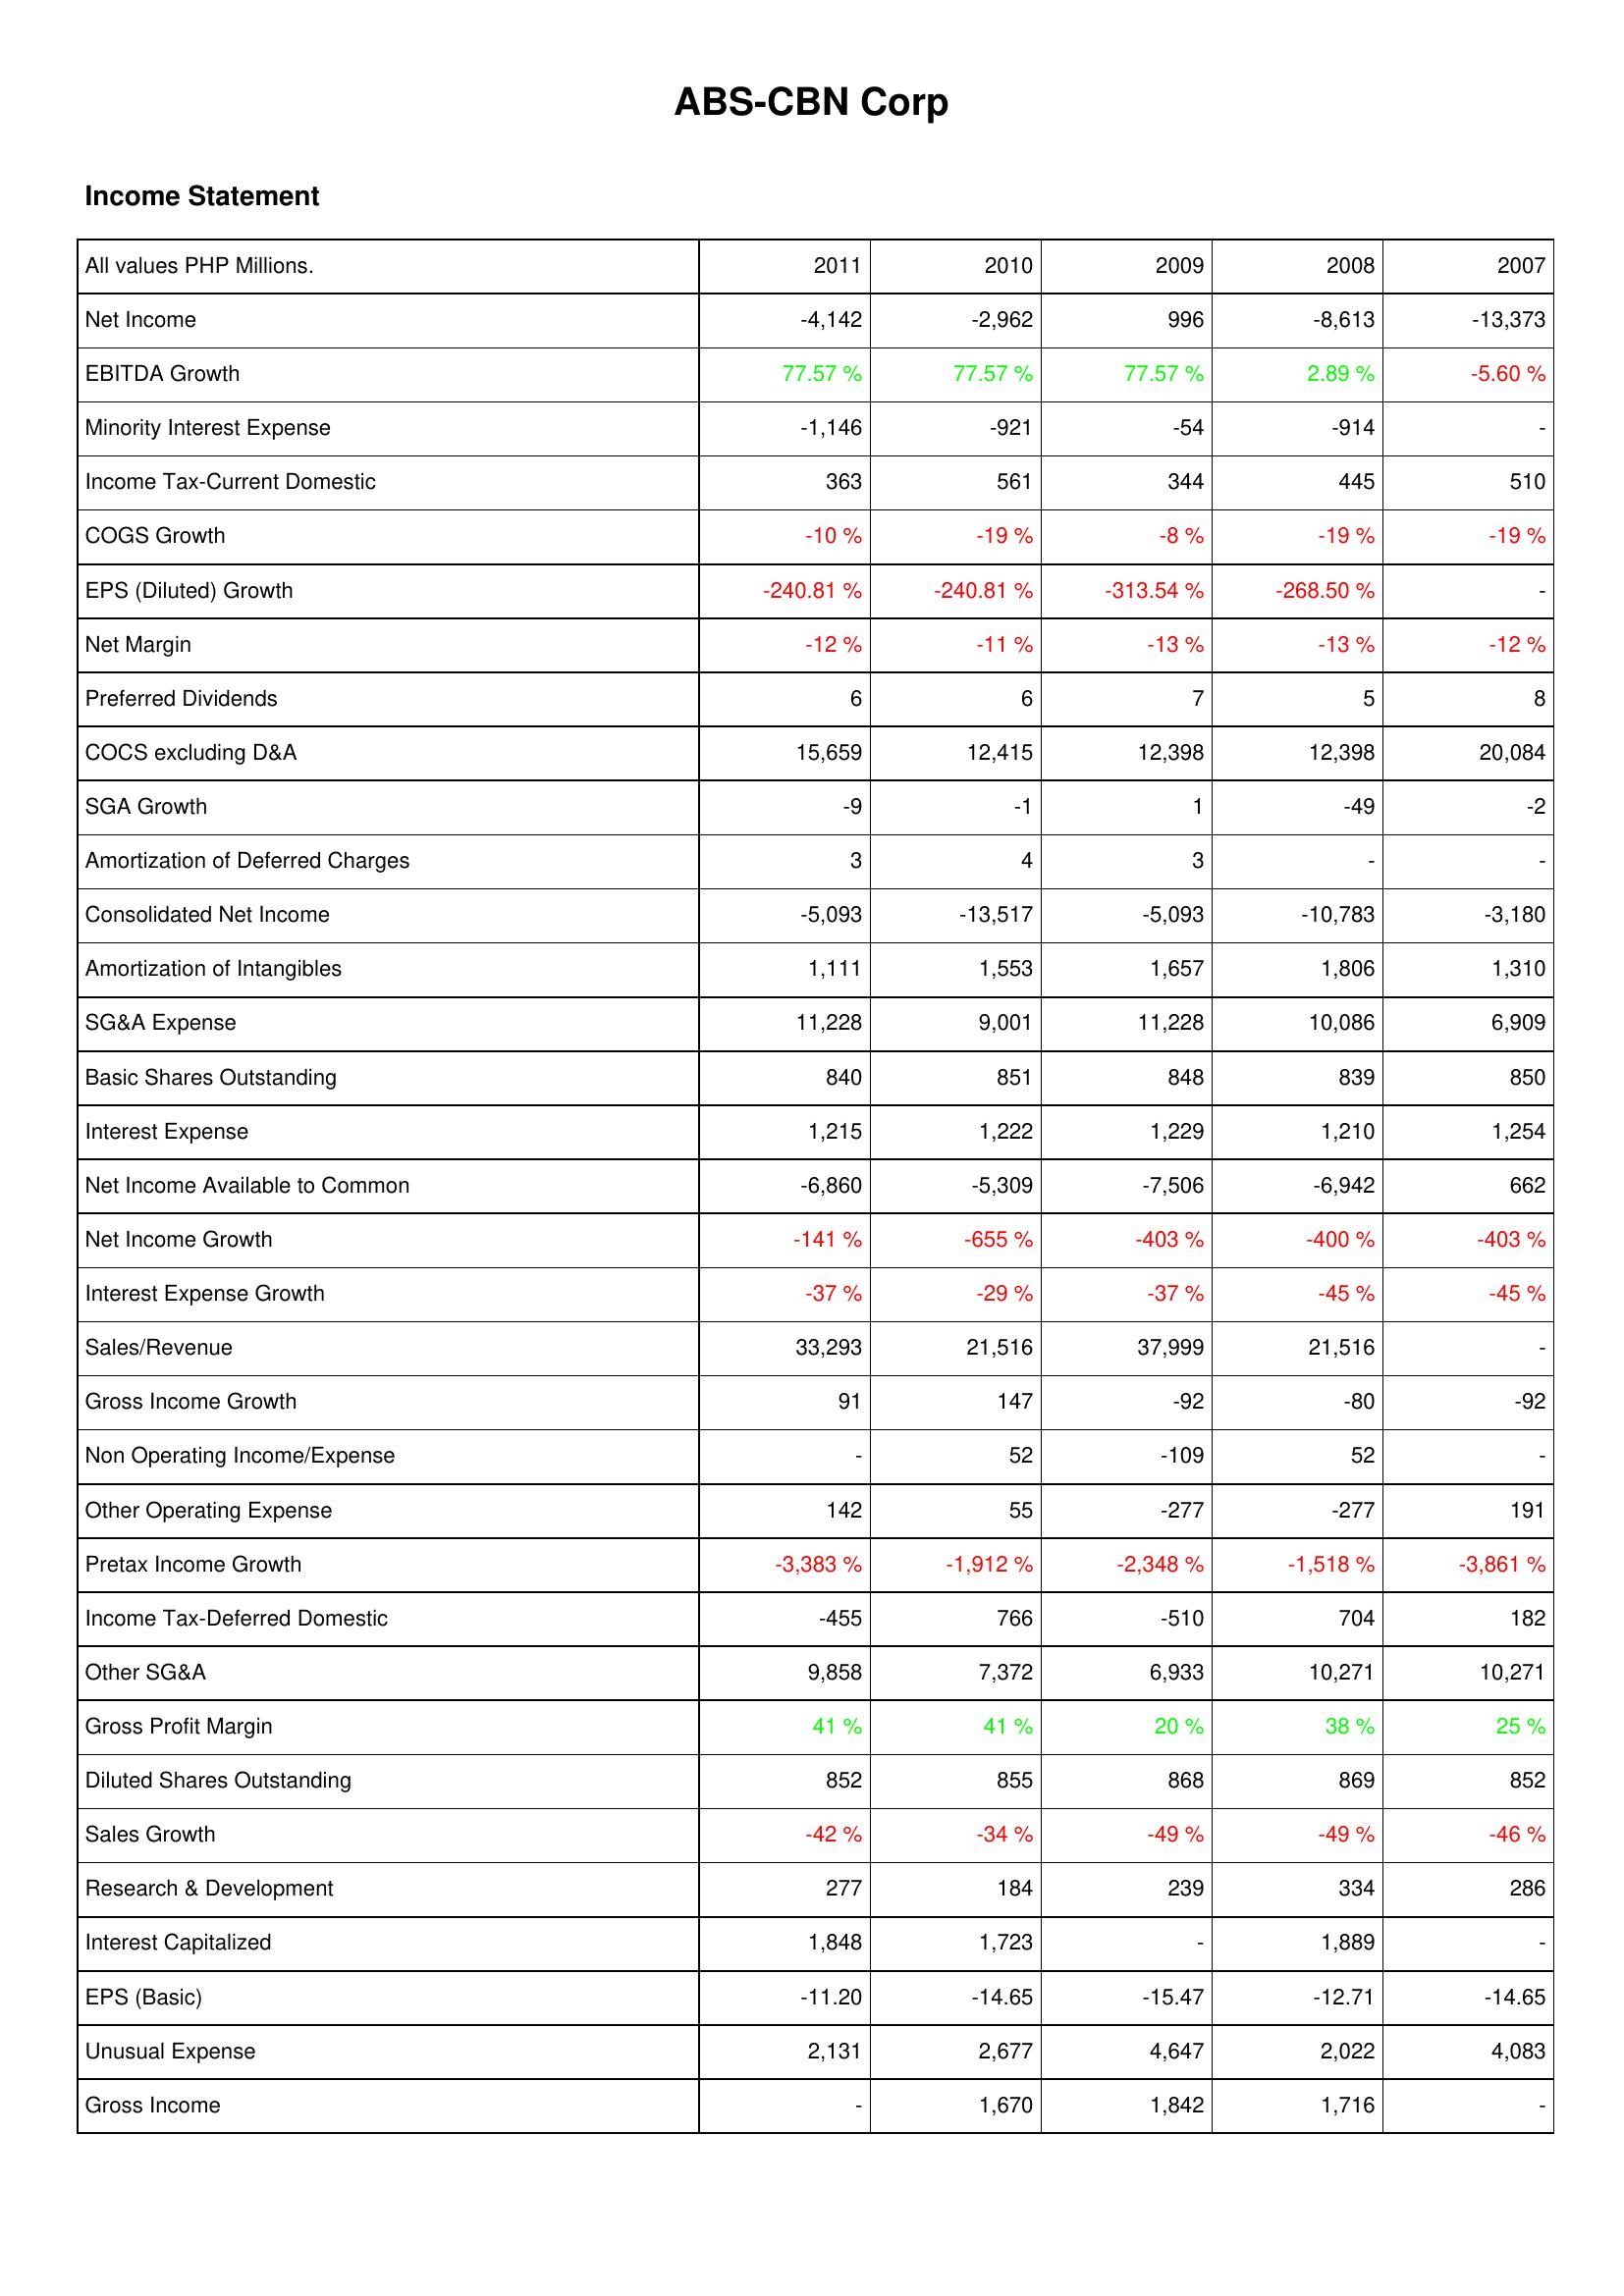
2011: Income Statement: Net Income: -4,142
EBITDA Growth: 77.57 %
Minority Interest Expense: -1,146
Income Tax-Current Domestic: 363
COGS Growth: -10 %
EPS (Diluted) Growth: -240.81 %
Net Margin: -12 %
Preferred Dividends: 6
COCS excluding D&A: 15,659
SGA Growth: -9
Amortization of Deferred Charges: 3
Consolidated Net Income: -5,093
Amortization of Intangibles: 1,111
SG&A Expense: 11,228
Basic Shares Outstanding: 840
Interest Expense: 1,215
Net Income Available to Common: -6,860
Net Income Growth: -141 %
Interest Expense Growth: -37 %
Sales/Revenue: 33,293
Gross Income Growth: 91
Non Operating Income/Expense: -
Other Operating Expense: 142
Pretax Income Growth: -3,383 %
Income Tax-Deferred Domestic: -455
Other SG&A: 9,858
Gross Profit Margin: 41 %
Diluted Shares Outstanding: 852
Sales Growth: -42 %
Research & Development: 277
Interest Capitalized: 1,848
EPS (Basic): -11.20
Unusual Expense: 2,131
Gross Income: -
2010: Income Statement: Net Income: -2,962
EBITDA Growth: 77.57 %
Minority Interest Expense: -921
Income Tax-Current Domestic: 561
COGS Growth: -19 %
EPS (Diluted) Growth: -240.81 %
Net Margin: -11 %
Preferred Dividends: 6
COCS excluding D&A: 12,415
SGA Growth: -1
Amortization of Deferred Charges: 4
Consolidated Net Income: -13,517
Amortization of Intangibles: 1,553
SG&A Expense: 9,001
Basic Shares Outstanding: 851
Interest Expense: 1,222
Net Income Available to Common: -5,309
Net Income Growth: -655 %
Interest Expense Growth: -29 %
Sales/Revenue: 21,516
Gross Income Growth: 147
Non Operating Income/Expense: 52
Other Operating Expense: 55
Pretax Income Growth: -1,912 %
Income Tax-Deferred Domestic: 766
Other SG&A: 7,372
Gross Profit Margin: 41 %
Diluted Shares Outstanding: 855
Sales Growth: -34 %
Research & Development: 184
Interest Capitalized: 1,723
EPS (Basic): -14.65
Unusual Expense: 2,677
Gross Income: 1,670
2009: Income Statement: Net Income: 996
EBITDA Growth: 77.57 %
Minority Interest Expense: -54
Income Tax-Current Domestic: 344
COGS Growth: -8 %
EPS (Diluted) Growth: -313.54 %
Net Margin: -13 %
Preferred Dividends: 7
COCS excluding D&A: 12,398
SGA Growth: 1
Amortization of Deferred Charges: 3
Consolidated Net Income: -5,093
Amortization of Intangibles: 1,657
SG&A Expense: 11,228
Basic Shares Outstanding: 848
Interest Expense: 1,229
Net Income Available to Common: -7,506
Net Income Growth: -403 %
Interest Expense Growth: -37 %
Sales/Revenue: 37,999
Gross Income Growth: -92
Non Operating Income/Expense: -109
Other Operating Expense: -277
Pretax Income Growth: -2,348 %
Income Tax-Deferred Domestic: -510
Other SG&A: 6,933
Gross Profit Margin: 20 %
Diluted Shares Outstanding: 868
Sales Growth: -49 %
Research & Development: 239
Interest Capitalized: -
EPS (Basic): -15.47
Unusual Expense: 4,647
Gross Income: 1,842
2008: Income Statement: Net Income: -8,613
EBITDA Growth: 2.89 %
Minority Interest Expense: -914
Income Tax-Current Domestic: 445
COGS Growth: -19 %
EPS (Diluted) Growth: -268.50 %
Net Margin: -13 %
Preferred Dividends: 5
COCS excluding D&A: 12,398
SGA Growth: -49
Amortization of Deferred Charges: -
Consolidated Net Income: -10,783
Amortization of Intangibles: 1,806
SG&A Expense: 10,086
Basic Shares Outstanding: 839
Interest Expense: 1,210
Net Income Available to Common: -6,942
Net Income Growth: -400 %
Interest Expense Growth: -45 %
Sales/Revenue: 21,516
Gross Income Growth: -80
Non Operating Income/Expense: 52
Other Operating Expense: -277
Pretax Income Growth: -1,518 %
Income Tax-Deferred Domestic: 704
Other SG&A: 10,271
Gross Profit Margin: 38 %
Diluted Shares Outstanding: 869
Sales Growth: -49 %
Research & Development: 334
Interest Capitalized: 1,889
EPS (Basic): -12.71
Unusual Expense: 2,022
Gross Income: 1,716
2007: Income Statement: Net Income: -13,373
EBITDA Growth: -5.60 %
Minority Interest Expense: -
Income Tax-Current Domestic: 510
COGS Growth: -19 %
EPS (Diluted) Growth: -
Net Margin: -12 %
Preferred Dividends: 8
COCS excluding D&A: 20,084
SGA Growth: -2
Amortization of Deferred Charges: -
Consolidated Net Income: -3,180
Amortization of Intangibles: 1,310
SG&A Expense: 6,909
Basic Shares Outstanding: 850
Interest Expense: 1,254
Net Income Available to Common: 662
Net Income Growth: -403 %
Interest Expense Growth: -45 %
Sales/Revenue: -
Gross Income Growth: -92
Non Operating Income/Expense: -
Other Operating Expense: 191
Pretax Income Growth: -3,861 %
Income Tax-Deferred Domestic: 182
Other SG&A: 10,271
Gross Profit Margin: 25 %
Diluted Shares Outstanding: 852
Sales Growth: -46 %
Research & Development: 286
Interest Capitalized: -
EPS (Basic): -14.65
Unusual Expense: 4,083
Gross Income: -